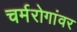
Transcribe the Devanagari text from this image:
चर्मरोगांवर